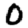
Digit: 0